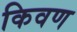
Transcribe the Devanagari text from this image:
किवण